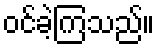
ဝင်ခဲ့ကြသည်။